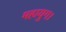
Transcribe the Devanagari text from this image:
महायुग।